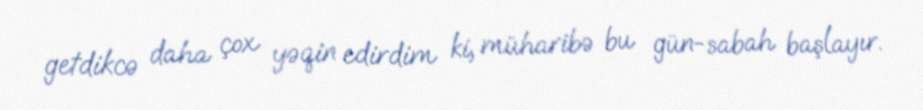
getdikcə daha çox yəqin edirdim ki, müharibə bu gün-sabah başlayır.